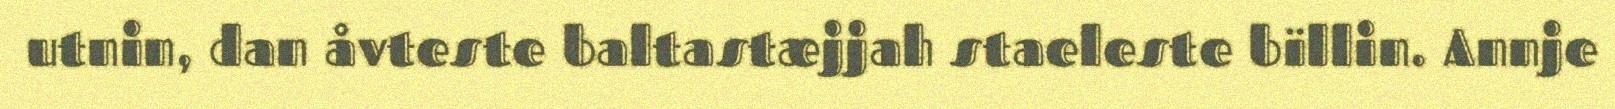
utnin, dan åvteste baltastæjjah staeleste bïllin. Annje